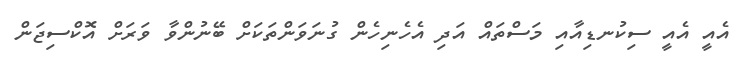
އެއީ އެއީ ސިކުނޑިއާއި މަސްތައް އަދި އެހެނިހެން ގުނަވަންތަކަށް ބޭނުންވާ ވަރަށް އޮކްސިޖަން